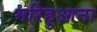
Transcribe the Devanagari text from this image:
मरिहुआना